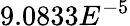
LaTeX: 9.0833E^{-5}